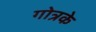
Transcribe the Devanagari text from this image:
गोत्रके